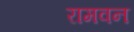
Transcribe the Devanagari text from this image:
रामवन